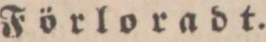
Förloradt.